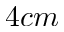
4 c m